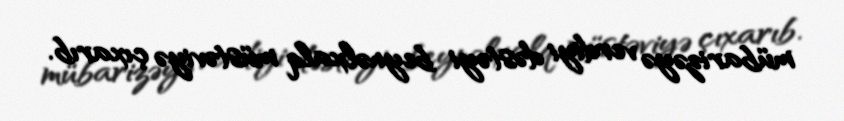
mübarizəyə verdiyi dəstəyi beynəlxalq müstəviyə çıxarıb.